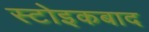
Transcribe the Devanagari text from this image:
स्टोइकबाद